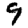
Digit: 9